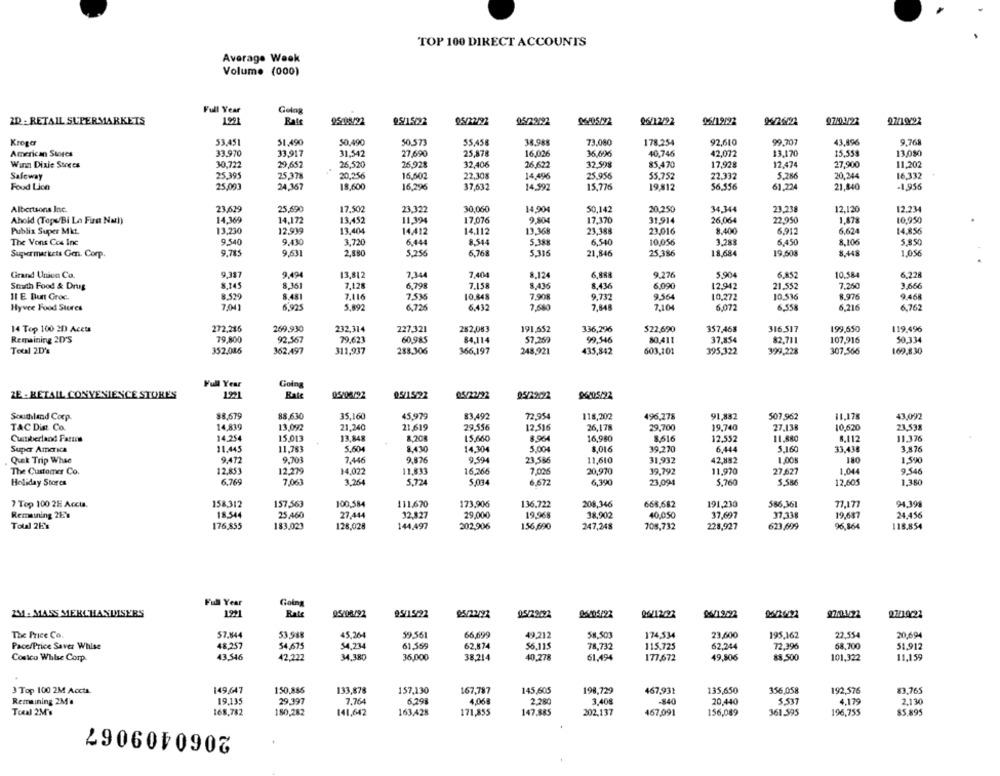
TOP 100 DIRECT ACCOUNTS
Average Week
Volume (000)
Full Year
Geln
ZD - RETAIL SUPERMARKETS
199t
Rate
95/18/22
9.5/15022
05/22/22
05/22192
96/05/92
96/12/92
06/19122
53.451
50,490
50,573
55,458
38.988
73.080
92,610
99.707
43,896
9.768
Kroger
51.490
178.254
American Stores
33.970
33,917
31,542
27,690
25,878
16,026
36,600
40,746
42,072
$3,170
15,559
13,080
Wann Dixie Stores
30,722
29,652
26,520
25.928
32,406
26.622
32.598
85.470
17,928
12,474
27,900
11,202
Safeway
25.395
25.378
20,25
16,502
22,308
14,496
25,956
55.752
22.332
5.286
20,244
16.332
Food Lion
25,001
24.367
18,600
16.296
37,632
14.992
15,776
19,812
$6.556
61.224
21.840
-1,956
Albertsons Ine.
23,629
25,690
17.502
23.322
30,060
14,904
50,142
20,250
34.344
23.238
12,120
12.234
Ahold (Topu/Bi La Fira Nal)
14,369
14,172
13,452
11,394
17,076
9,804
17.370
31,914
26.06
22.950
1,878
10.950
Publix Super Mkt.
13,230
12.939
13.404
14.412
14.112
13.368
23.388
23.016
8.400
6.912
6,624
14.856
9.540
9.430
3,7200
6.444
8.544
5.388
6,540
6.450
5.850
The Vons Cos Inc
10,056
3,288
8,106
Supermarkets Gen. Corp.
9.715
9,631
2,880
5,256
6,768
5.316
21,846
25.386
18,684
19,608
8.448
1,056
Grand Union Co.
9.337
9.494
13,812
7.344
7,404
8.124
6.888
9.276
5.904
6.852
10.584
6.228
Smith Food & Drug
8.145
8.351
7,128
6,798
7.158
8,436
8.436
6,090
12.942
21.552
7,260
3.666
11 E Bunt Groc.
8.530
8.48
7,116
7,535
10.848
7.908
9,732
9.564
10,272
10.536
8.976
9.468
Hyvee Food Stores
7,041
6,925
5,892
6.726
6.432
7,680
7,848
7,104
6,072
6,558
6,216
6,762
14 Top 100 2D Aceta
272,285
269,930
232,314
227,321
282,083
191,652
336,296
522,690
357,468
316.517
199,650
119,496
Remaining 2D'S
79,800
92.567
79.623
60,985
84,114
57,250
99,546
80,411
37,854
82.711
107,916
50.334
Toul 2D'%
352.086
362.497
311,937
288.306
366,197
248,921
435,842
603,101
395,322
399,228
307,566
169,8.30
Full Year
Going
ZE - RETAIL CONVENIENCE STORES
Rate
05/06/92
95/15/22
05/22/22
05/22022
96105/22
Southland Corp.
$8,679
88.630
35,160
45.979
83.492
72.954
118,202
496,278
91,882
507,962
11,178
43,092
TAC Dist. Co.
14,839
13.092
21,240
21,619
29.556
12.516
26,178
29,700
19.740
27,138
10,620
23.532
Cumberland Farina
14,254
15.013
13,848
8,208
15,660
8.964
16,980
8.616
12.552
11.880
8,112
11.376
Super America
11.445
11.783
5.604
8.430
14,304
5.004
$,016
39.270
6,444
5.160
33,438
3,876
9.701
9.876
9.59
23.586
11,610
31,932
42,882
1.005
1,590
Quek Trip Whse
9.472
7,446
The Customer Co.
12.853
12,279
14.022
11.833
16,266
7.026
20,970
39,792
11,970
27,627
1.044
9.546
Holiday Stores
6.769
7,063
3,264
5,724
5,034
6,672
6,390
23,094
5,760
12,605
1,380
7 Top 100 2E Accua.
158312
157,563
100,584
111,670
173,906
136.722
208,346
668,682
191,230
586,361
71.177
94,398
Remaining 28'8
18,544
25,460
27,444
32,827
29,000
19,968
38,902
40,050
37,697
37,338
19,637
24,456
Total 2E's
176,855
183,023
128,028
144,497
202,906
156,690
247,248
708,732
228,927
623,699
96,864
118.854
Full Year
Going
2M1- MASS MERCHANDISERS
1921
Rate
05/08.092
95/19/22
95/22/92
06/19/92
27/10092
The Price Co.
57.844
53,988
45,264
59,561
66,699
49,212
58,503
174,534
23,600
195,162
22,554
20,694
48,257
54,675
54,234
61,559
62,874
56.115
62,244
72,396
68,700
Pace/Price Saver Whise
78,732
115,725
51.912
Costco Whise Corp.
43,546
42,222
34,380
35,000
38,214
40,278
61,494
177,672
49,806
88.500
101,322
11,159
3 Top 100 2M Accta.
149,647
150,886
133,878
157,130
167,787
145,605
198,729
467,931
135,650
356,058
192,576
83.765
Remaining 23's
19,135
29.397
7.764
6.298
4.068
2.780
3.408
-840
20,440
5.537
4.179
2.130
Toal 2M's
168,782
180,282
141,642
163,428
171,855
147,885
202,137
467,091
156,089
361.595
196,755
85,895
2060409067